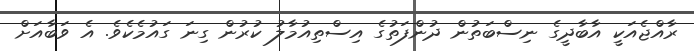
ރާއްޖެއަކީ އާބާދީގެ ނިސްބަތުން ދުންފަތުގެ އިސްތިއުމާލު ކުރުން ގިނަ ގައުމެކެވެ. އެ ވަބާއަށް